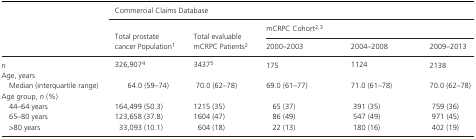
<table><thead><tr><td></td><td colspan="5"><b>Commercial Claims Database</b></td></tr><tr><td rowspan="2"></td><td rowspan="2"><b>Total prostate cancer Populationa</b></td><td rowspan="2"><b>Total evaluable mCRPC Patientsb</b></td><td colspan="3"><b>mCRPC Cohortb<sup>,</sup>c</b></td></tr><tr><td><b>2000–2003</b></td><td><b>2004–2008</b></td><td><b>2009–2013</b></td></tr></thead><tbody><tr><td><i>n</i></td><td>326,907d</td><td>3437e</td><td>175</td><td>1124</td><td>2138</td></tr><tr><td colspan="6">Age, years</td></tr><tr><td>Median (interquartile range)</td><td>64.0 (59–74)</td><td>70.0 (62–78)</td><td>69.0 (61–77)</td><td>71.0 (61–78)</td><td>70.0 (62–78)</td></tr><tr><td colspan="6">Age group, <i>n</i> (%)</td></tr><tr><td>44–64 years</td><td>164,499 (50.3)</td><td>1215 (35)</td><td>65 (37)</td><td>391 (35)</td><td>759 (36)</td></tr><tr><td>65–80 years</td><td>123,658 (37.8)</td><td>1604 (47)</td><td>86 (49)</td><td>547 (49)</td><td>971 (45)</td></tr><tr><td>&gt;80 years</td><td>33,093 (10.1)</td><td>604 (18)</td><td>22 (13)</td><td>180 (16)</td><td>402 (19)</td></tr></tbody></table>